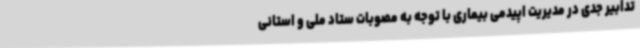
تدابیر جدی در مدیریت اپیدمی بیماری با توجه به مصوبات ستاد ملی و استانی